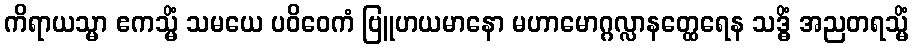
ကိရာယသ္မာ ဧကသ္မိံ သမယေ ပဝိဝေကံ ဗြူဟယမာနော မဟာမောဂ္ဂလ္လာနတ္ထေရေန သဒ္ဓိံ အညတရသ္မိံ